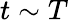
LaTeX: t\sim T